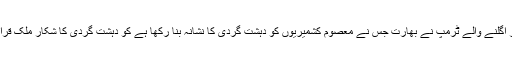
صدارتی مہم کے دوران مسلمانوں کے خلاف زہر اُگلنے والے ٹرمپ نے بھارت جس نے معصوم کشمیریوں کو دہشت گردی کا نشانہ بنا رکھا ہے کو دہشت گردی کا شکار ملک قرار دیکر پاکستان کے زخموں پر نمک چھڑکا ہے۔